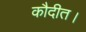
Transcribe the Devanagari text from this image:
कौदीत।